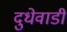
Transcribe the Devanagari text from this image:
दुधेवाडी